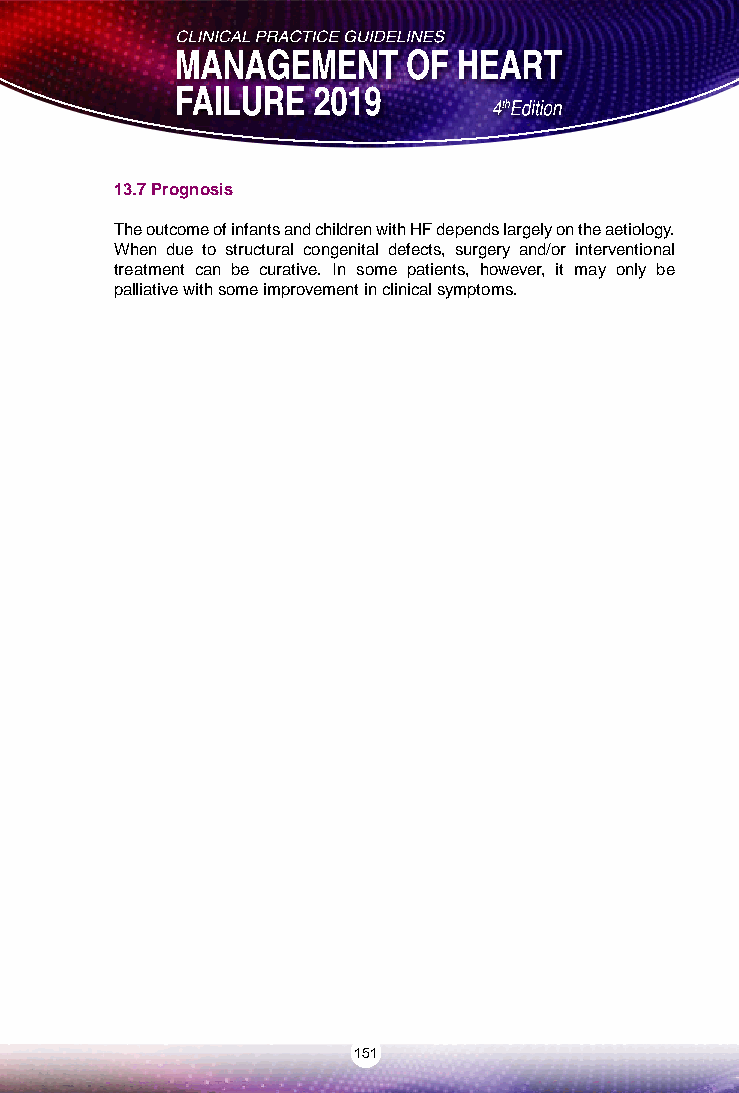
13.7 Prognosis
 The outcome of infants and children with HF depends largely on the aetiology.
 When due to structural congenital defects, surgery and/or interventional
 treatment can be curative. In some patients, however, it may only be
 palliative with some improvement in clinical symptoms.
 151